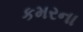
કમરના